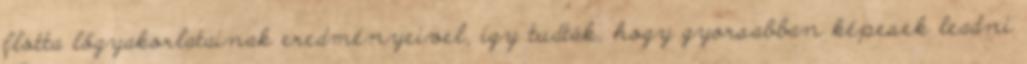
flotta lőgyakorlatainak eredményeivel, így tudták, hogy gyorsabban képesek leadni